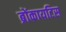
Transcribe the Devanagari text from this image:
ब्रोंकायटिस